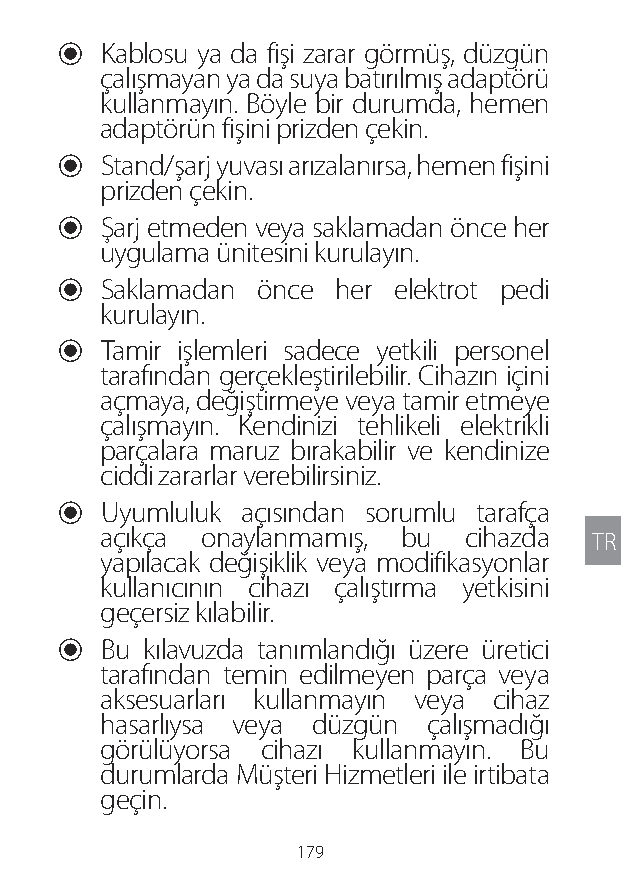
U Kablosu ya da fişi zarar görmüş, düzgün
 çalışmayan ya da suya batırılmış adaptörü
 kullanmayın. Böyle bir durumda, hemen
 adaptörün fişini prizden çekin.
 U Stand/şarj yuvası arızalanırsa, hemen fişini
 prizden çekin.
 U Şarj etmeden veya saklamadan önce her
 uygulama ünitesini kurulayın.
 U Saklamadan önce her elektrot pedi
 kurulayın.
 U Tamir işlemleri sadece yetkili personel
 tarafından gerçekleştirilebilir. Cihazın içini
 açmaya, değiştirmeye veya tamir etmeye
 çalışmayın. Kendinizi tehlikeli elektrikli
 parçalara maruz bırakabilir ve kendinize
 ciddi zararlar verebilirsiniz.
 U Uyumluluk açısından sorumlu tarafça
 açıkça onaylanmamış, bu cihazda  TR
 yapılacak değişiklik veya modifikasyonlar
 kullanıcının cihazı çalıştırma yetkisini
 geçersiz kılabilir.
 U Bu kılavuzda tanımlandığı üzere üretici
 tarafından temin edilmeyen parça veya
 aksesuarları kullanmayın veya cihaz
 hasarlıysa veya düzgün çalışmadığı
 görülüyorsa cihazı kullanmayın. Bu
 durumlarda Müşteri Hizmetleri ile irtibata
 geçin.
 179
 Lipo UM EU124 3545B inside ALL EU124 ED296-24 release.indd 179 14/08/2018 10:57:43